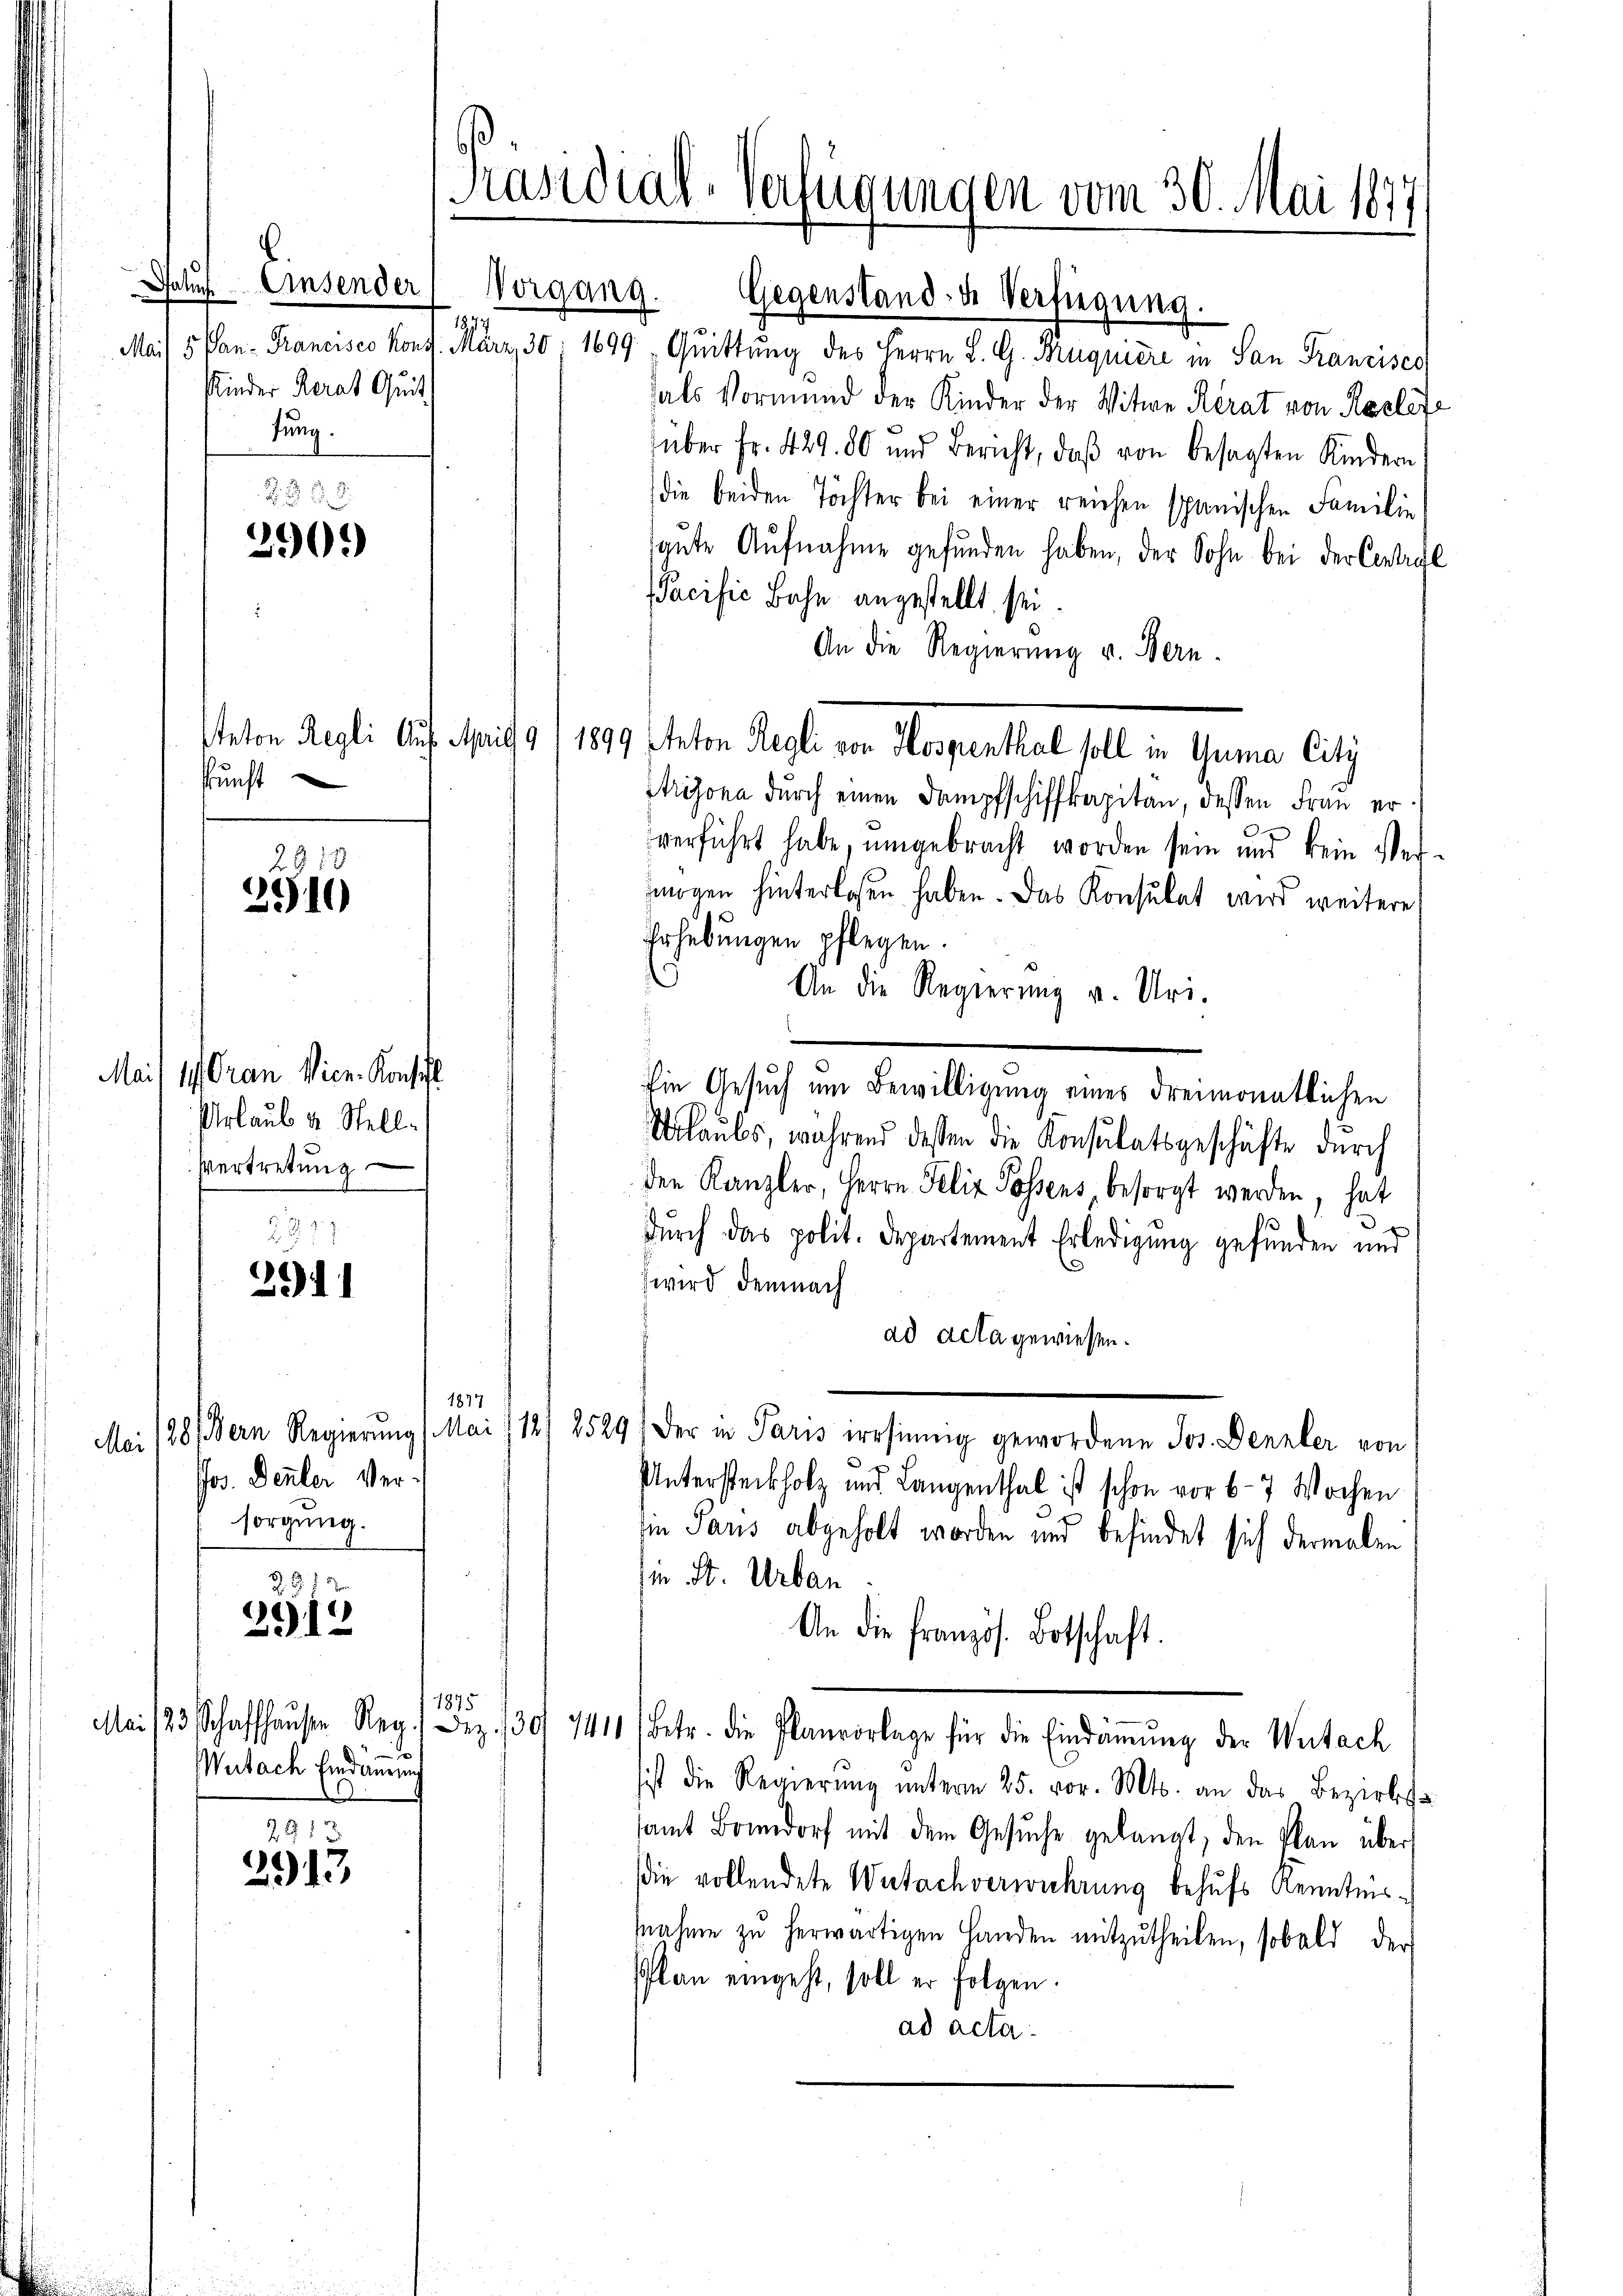
Galuch
Mais 5

.
Kinder Keras Quit
fung.
R. 328.

290.

Pŭnft

28
2910

Mais 17. Oran Vier. Konsil.
Urlaub & Stell¬
Vertretung

22
2911

Mai
sor. Denter Versorgung.
391
2912
(Weitach Eindaurung
2912

2913.

Präsidial-Verfügungen vom 30. Mai 1877

Einsender, Vorgang. Gegenstand- u. Verfügung.
Van-Francisco Kons. März 30; 1699. Quittung des Herrn L. G. Muquiere in San Franzises
fals Vormund der Kinder der Witwe Kerat von Racleze
über Fr. 429. 80 und Bericht, daß von besagten Kindern
die beiden Töchter bei einer reichen spanischen Familie
laute Aufnahme gefunden haben, der Sohn bei der Central
Pacific Bahn angestellt sei.
An die Regierung v. Bern.
steten Regli Auf Meis g, 1899 Anton Segli von Hospenthal soll in Grena Citi
trijona durch einen Dampfschiffkapitan, dessen Frau er
verführt habe, umgebracht worden sein und kein Vermögen hinterlosen haben. Das Konsulat wird weitere
Erhebungen pflegen.
An die Regierŭng v. Uri.
Ein Gesuch um Bewilligung eines dreimonatlichen
Urlaubs, während dessen die Konsulatsgeschäfte durch
den Kanzler, Herrn Felix Possens, besorgt werden, hat
durch das polit. Departement Erledigung gefunden und
wird demnach
ad acta gewiesen.
1877
128/Bern Regierŭng (Mai/12/ 8529. Der in Paris irrsinnig gewordene Jos. Denzler von
Untersteckholz und Langenthal ist schon vor 6-7 Wochen
ii Saus abgeholt worden und befindet sich dermalen
m St. Urban
An die französ. Botschaft.
1895
Mai 123 Schaffhaŭser Reg. Dez. 130 7411) Betr. die Planvorlage für die Eindräṁŭng der Weitach
sist die Regierŭng ŭnterm 25. vor. Mts. an das Bezirks-
samt Bonndorf mit dem Gesŭche gelangt, den Plan über
die vollendete Wutachverwiehrung behufs Kenntnissnahme zŭ herwärtigen Handen mitzŭtheilen, sobald der
Plan eingeht, soll er folgen.
ad acta